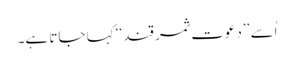
اُسے ’’دعوتِ ثمر قند‘‘ کہا جاتا ہے۔